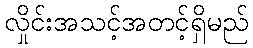
လှိုင်းအသင့်အတင့်ရှိမည်